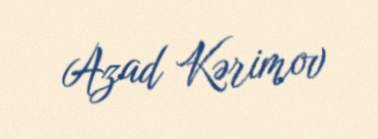
Azad Kərimov